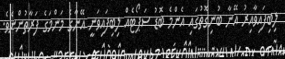
ލިބިފައިވާއިރު އޭނާ ބުނިގޮތުގައި އެންމެ ބޮޑު ސަޕޯޓެއް ލިބިފައިވަނީ އޭނާގެ މަންމަގެ ފަރާތުންނެވެ.